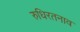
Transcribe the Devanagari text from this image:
रुधिरतनाव